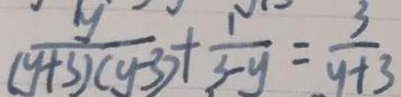
( \frac { y } { y + 3 ) ( y - 3 ) } + \frac { 1 } { 3 - y } = \frac { 3 } { y + 3 }